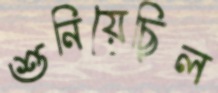
শুনিয়েছিল